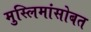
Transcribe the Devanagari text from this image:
मुस्लिमांसोबत